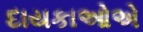
દાયકાઓએ